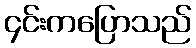
၄င်းကပြောသည်